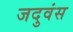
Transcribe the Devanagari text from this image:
जदुवंस